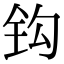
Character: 钩